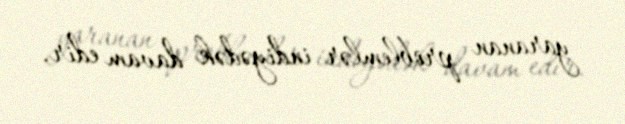
yaranan problemlər indiyədək davam edir.